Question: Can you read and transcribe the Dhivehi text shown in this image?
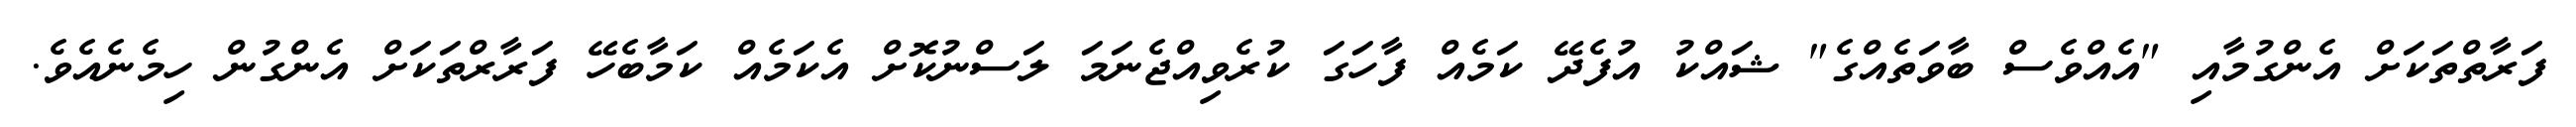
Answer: ފަރާތްތަކަށް އެންގުމާއި "އެއްވެސް ބާވަތެއްގެ" ޝައްކު އުފެދޭ ކަމެއް ފާހަގަ ކުރެވިއްޖެނަމަ ލަސްނުކޮށް އެކަމެއް ކަމާބެހޭ ފަރާރްތަކަށް އެންގުން ހިމެނެއެވެ.